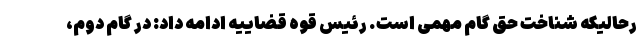
رحالیکه شناخت حق گام مهمی است. رئیس قوه قضاییه ادامه داد: در گام دوم،